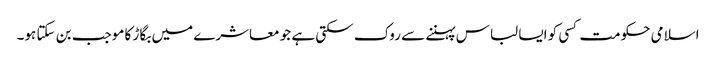
اسلامی حکومت کسی کو ایسا لباس پہننے سے روک سکتی ہے جو معاشرے میں بگاڑ کا موجب بن سکتا ہو۔